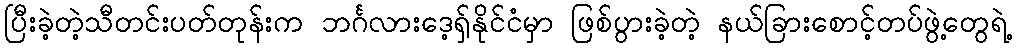
ပြီးခဲ့တဲ့သီတင်းပတ်တုန်းက ဘင်္ဂလားဒေ့ရှ်နိုင်ငံမှာ ဖြစ်ပွားခဲ့တဲ့ နယ်ခြားစောင့်တပ်ဖွဲ့တွေရဲ့